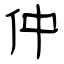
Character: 仲